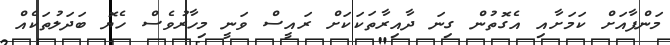
މަންފާއަށް ކަމަށާއި އެގޮތުން ގިނަ ދާއިރާތަކަކަށް ރައީސް ވަނީ މިހާރުވެސް ހެޔޮ ބަދަލުތަކެއް